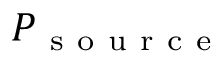
P _ { \mathrm { ~ s ~ o ~ u ~ r ~ c ~ e ~ } }